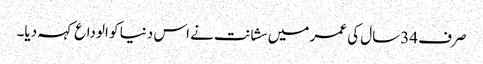
صرف 34سال کی عمر میں سشانت نے اس دنیا کو الوداع کہہ دیا۔